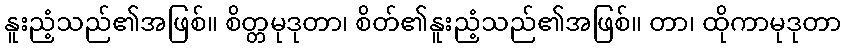
နူးညံ့သည်၏အဖြစ်။ စိတ္တမုဒုတာ၊ စိတ်၏နူးညံ့သည်၏အဖြစ်။ တာ၊ ထိုကာမုဒုတာ